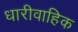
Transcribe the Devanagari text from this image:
धारीवाहिक